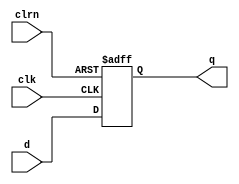
// 1bit D flip-flop.
module dff1(d, clk, clrn, q);
	input      d, clk, clrn;
	output reg q;

	always @(negedge clrn or posedge clk)
		if (clrn == 0) begin
			q <= 0;
		end else begin
			q <= d;
		end
endmodule